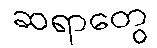
ဆရာတွေ